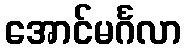
အောင်မင်္ဂလာ